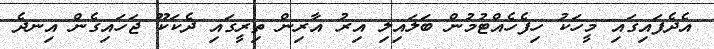
އެދެފައިގައި މީހަކު ހިފެހެއްޓުމުން ބަލައިލި އިރު އާރިން ތިރީގައި ދެކަކޫ ޖަހައިގެން އިނދެ